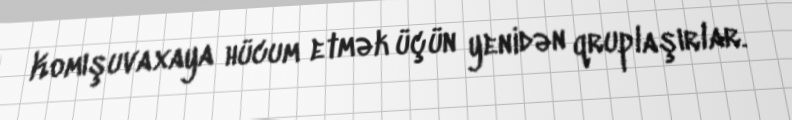
Komışuvaxaya hücum etmək üçün yenidən qruplaşırlar.